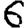
Digit: 6